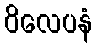
ဝိလေပနံ